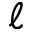
\ell